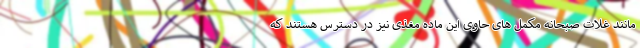
مانند غلات صبحانه مکمل های حاوی این ماده مغذی نیز در دسترس هستند که